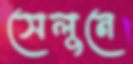
সেলুনে